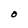
Character: O